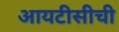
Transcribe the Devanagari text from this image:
आयटीसीची